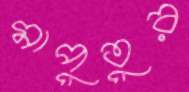
মাপুতুর